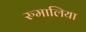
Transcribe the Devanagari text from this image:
रुमालिया